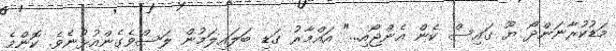
މަޑުކުރާނަންދޯ ޔޫ ގައިސް ކެން އެންޖޯއި..." އައްމާރު ގަޑި ބަލައިލަމުން ލަސްވެގެންއުޅުނެވެ. ކޮންމެ